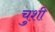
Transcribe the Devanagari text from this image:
चुशी